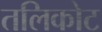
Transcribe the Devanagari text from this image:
तलिकोट